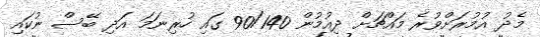
މެދު އުމުރަށްވުރެ މައްޗަށް ދިއުމުން 90/140 ގައި ހުރިނަމަ އަދި ބޭސް ނުކައި